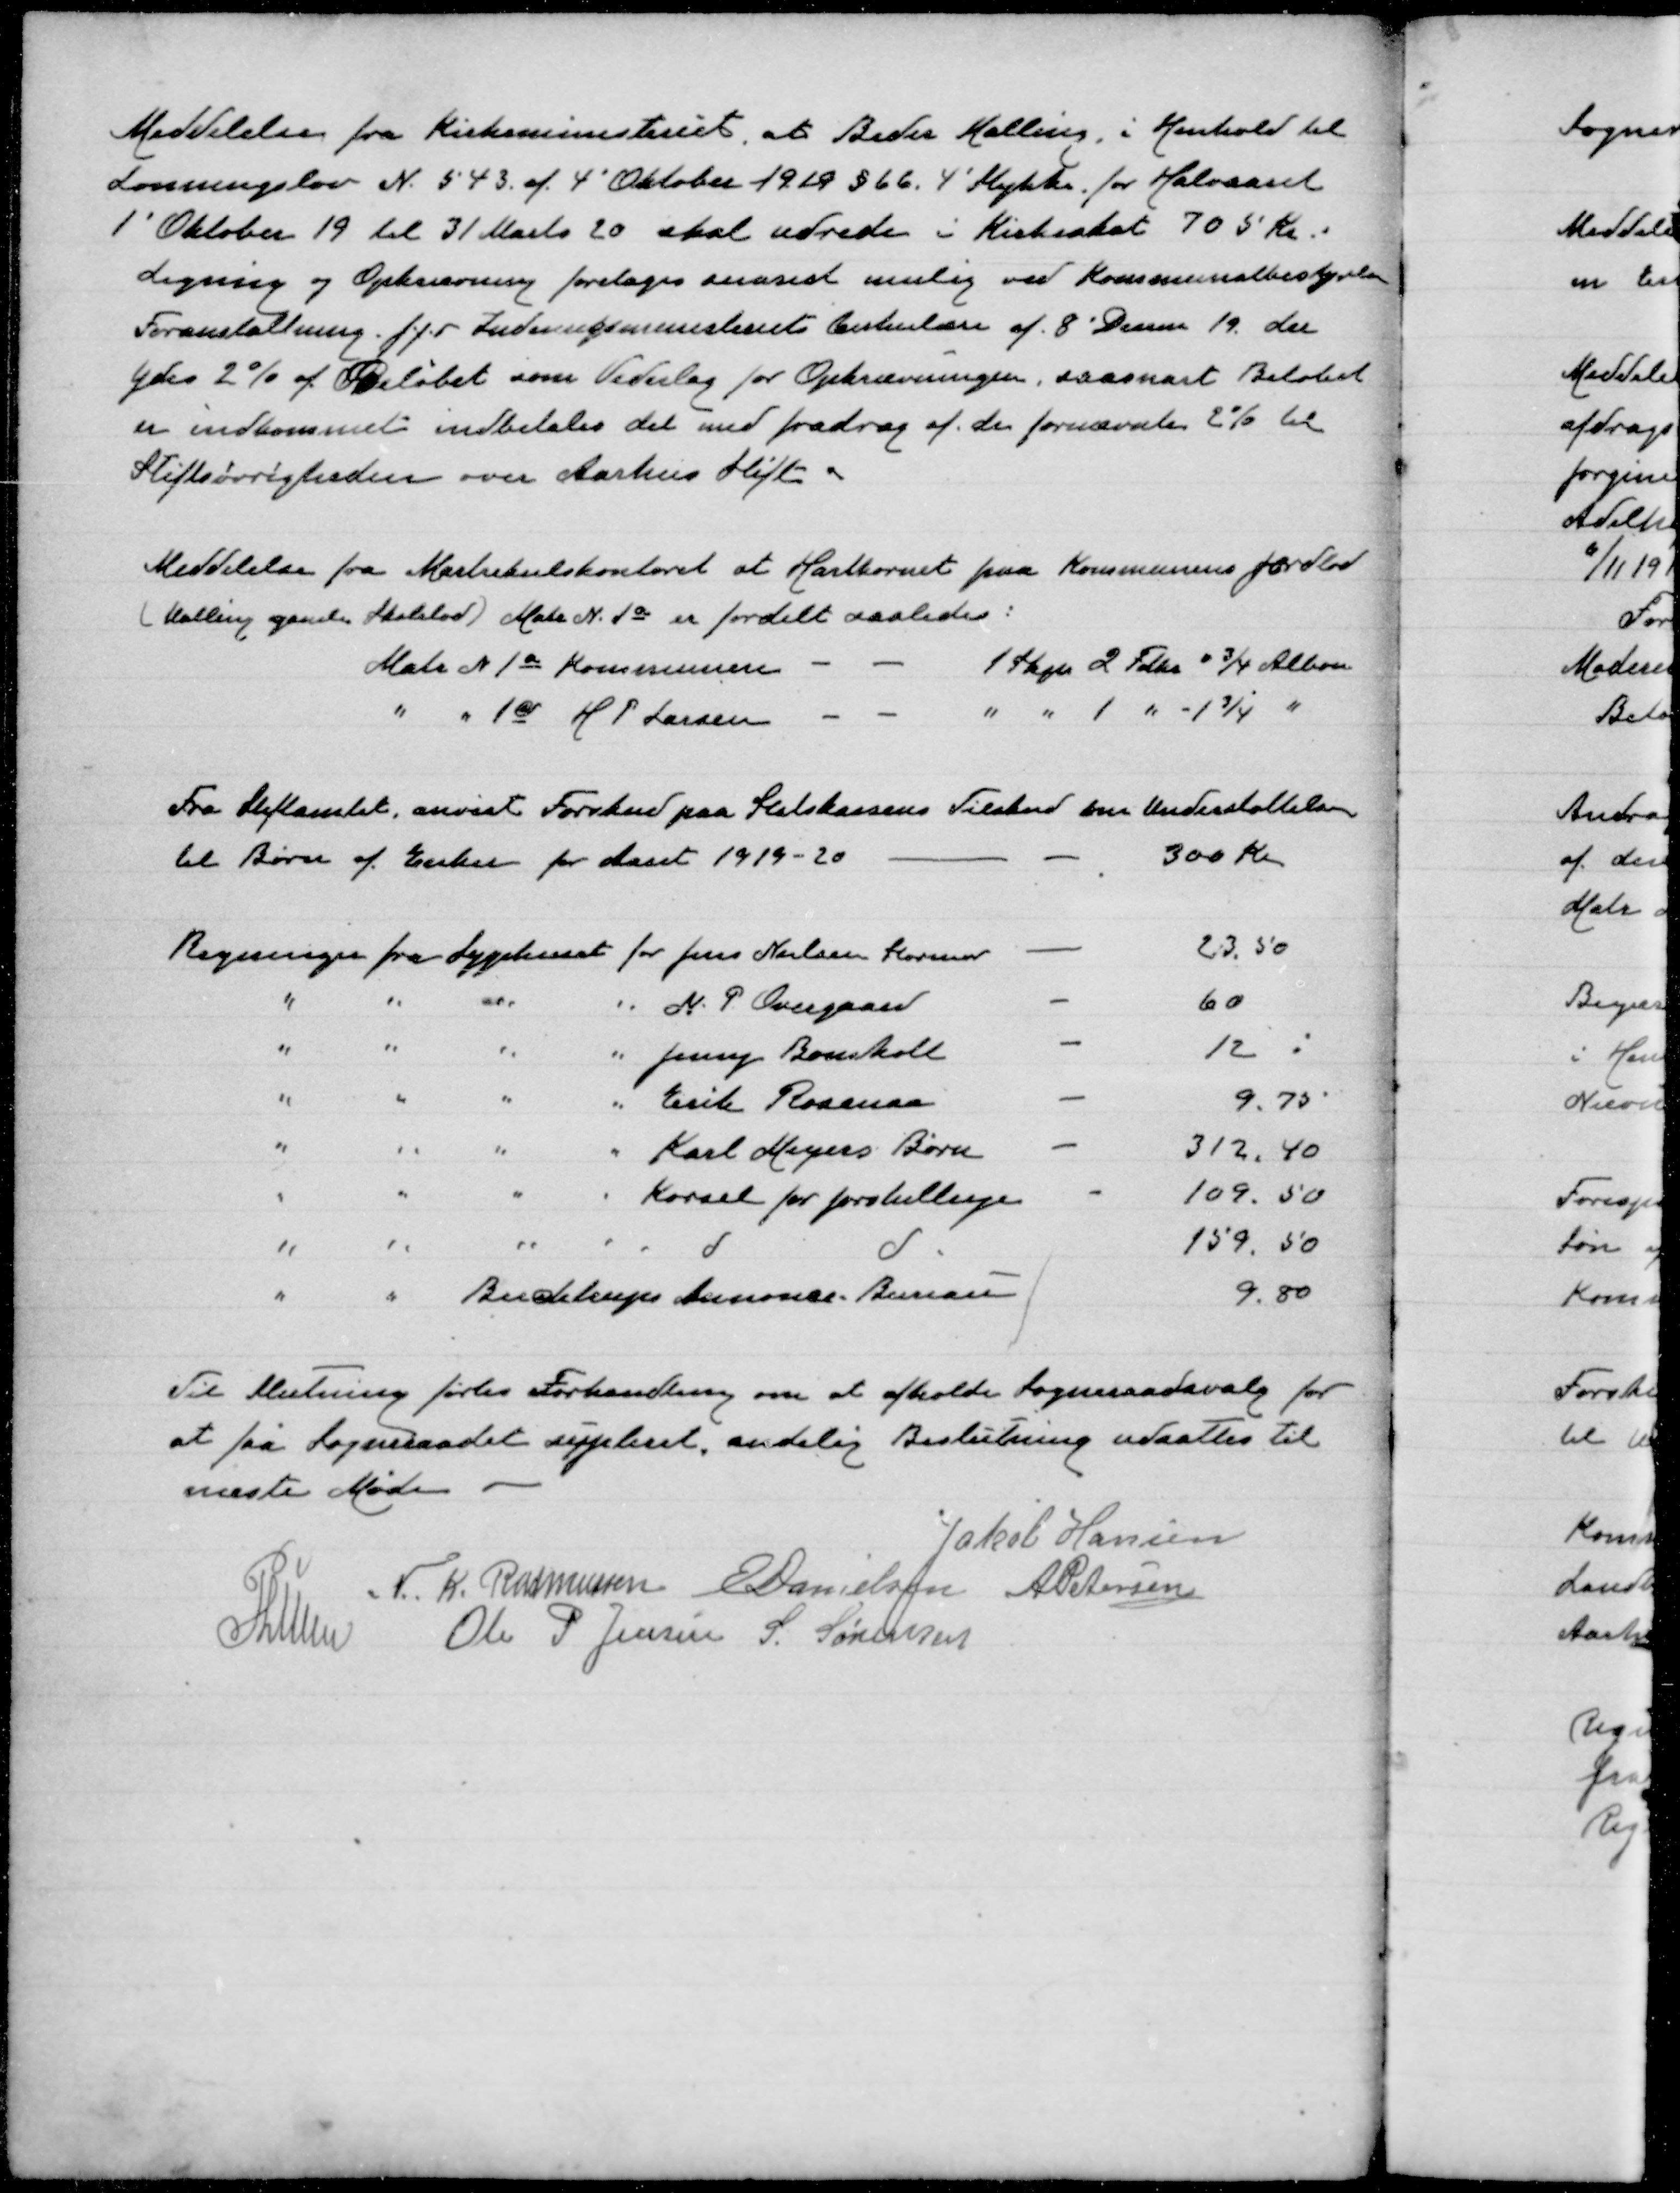
Transskription:
Meddelelse fra Kirkeministeriet, at Beder Malling i Henhold til
Lønningslov N. 543 af 4' Oktober 1919 § 66. 4' Stykke for Halvaaret
1' Oktober 19 til 31. Marts 20 skal udrede i Kirkeskat 705 Kr
Ligning og Opkrævning foretages snarest mulig ved Kommunalbestyrelsen
Foranstaltning j.f.r Indenrigsministeriets Cirkulære af 8' Decem 19 der
ydes 2 % af Beløbet som Vederlag for Opkrævningen, saasnart Beløbet
er indkommet indbetales det med fradrag af de førnævnte 2 % til
Stiftsøvrigheden over Aarhus Stift.

Meddelelse fra Martrikelskontoret at Hartkornet paa Kommunens jordlod
(Malling gamle Skolelod) Matr N. 1a er fordelt saaledes:
Matr N. 1a Kommunen
1 Skpe 2 Fdk 3/4 Albom
" " 1d H P Larsen
" " 1 " -1¾ "

Fra Stiftamtet anvist Forskud paa Statskassens Tilskud om Understøttelse
til Børn af Enker for Aaret 1919-20
300 Kr

Til Slutning førtes Forhandling om at afholde Sogneraadsvalg for
at faa Sogneraadet suppleret. endelig Beslutning udsattes til
næste Møde
Jakob Hansen
N. K. Rasmussen
E Danielsen
A Petersen
P Lunn
Ole P Jensen
S Sørensen